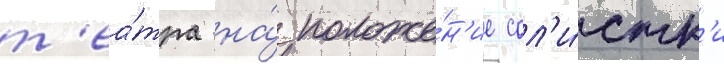
т'еа́тра на́ положе́н'ие сол'и́стк'и